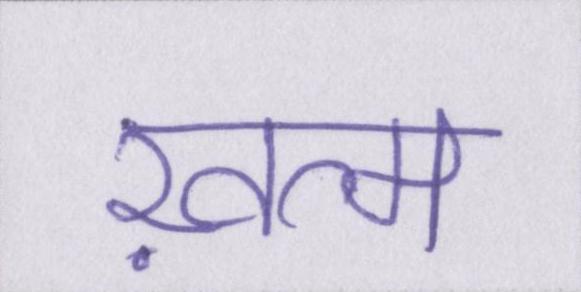
ख़त्म